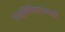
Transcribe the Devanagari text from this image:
भित्तिचित्रांसाठी